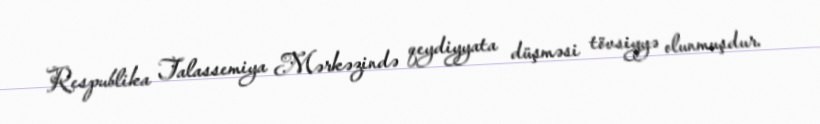
Respublika Talassemiya Mərkəzində qeydiyyata düşməsi tövsiyyə olunmuşdur.